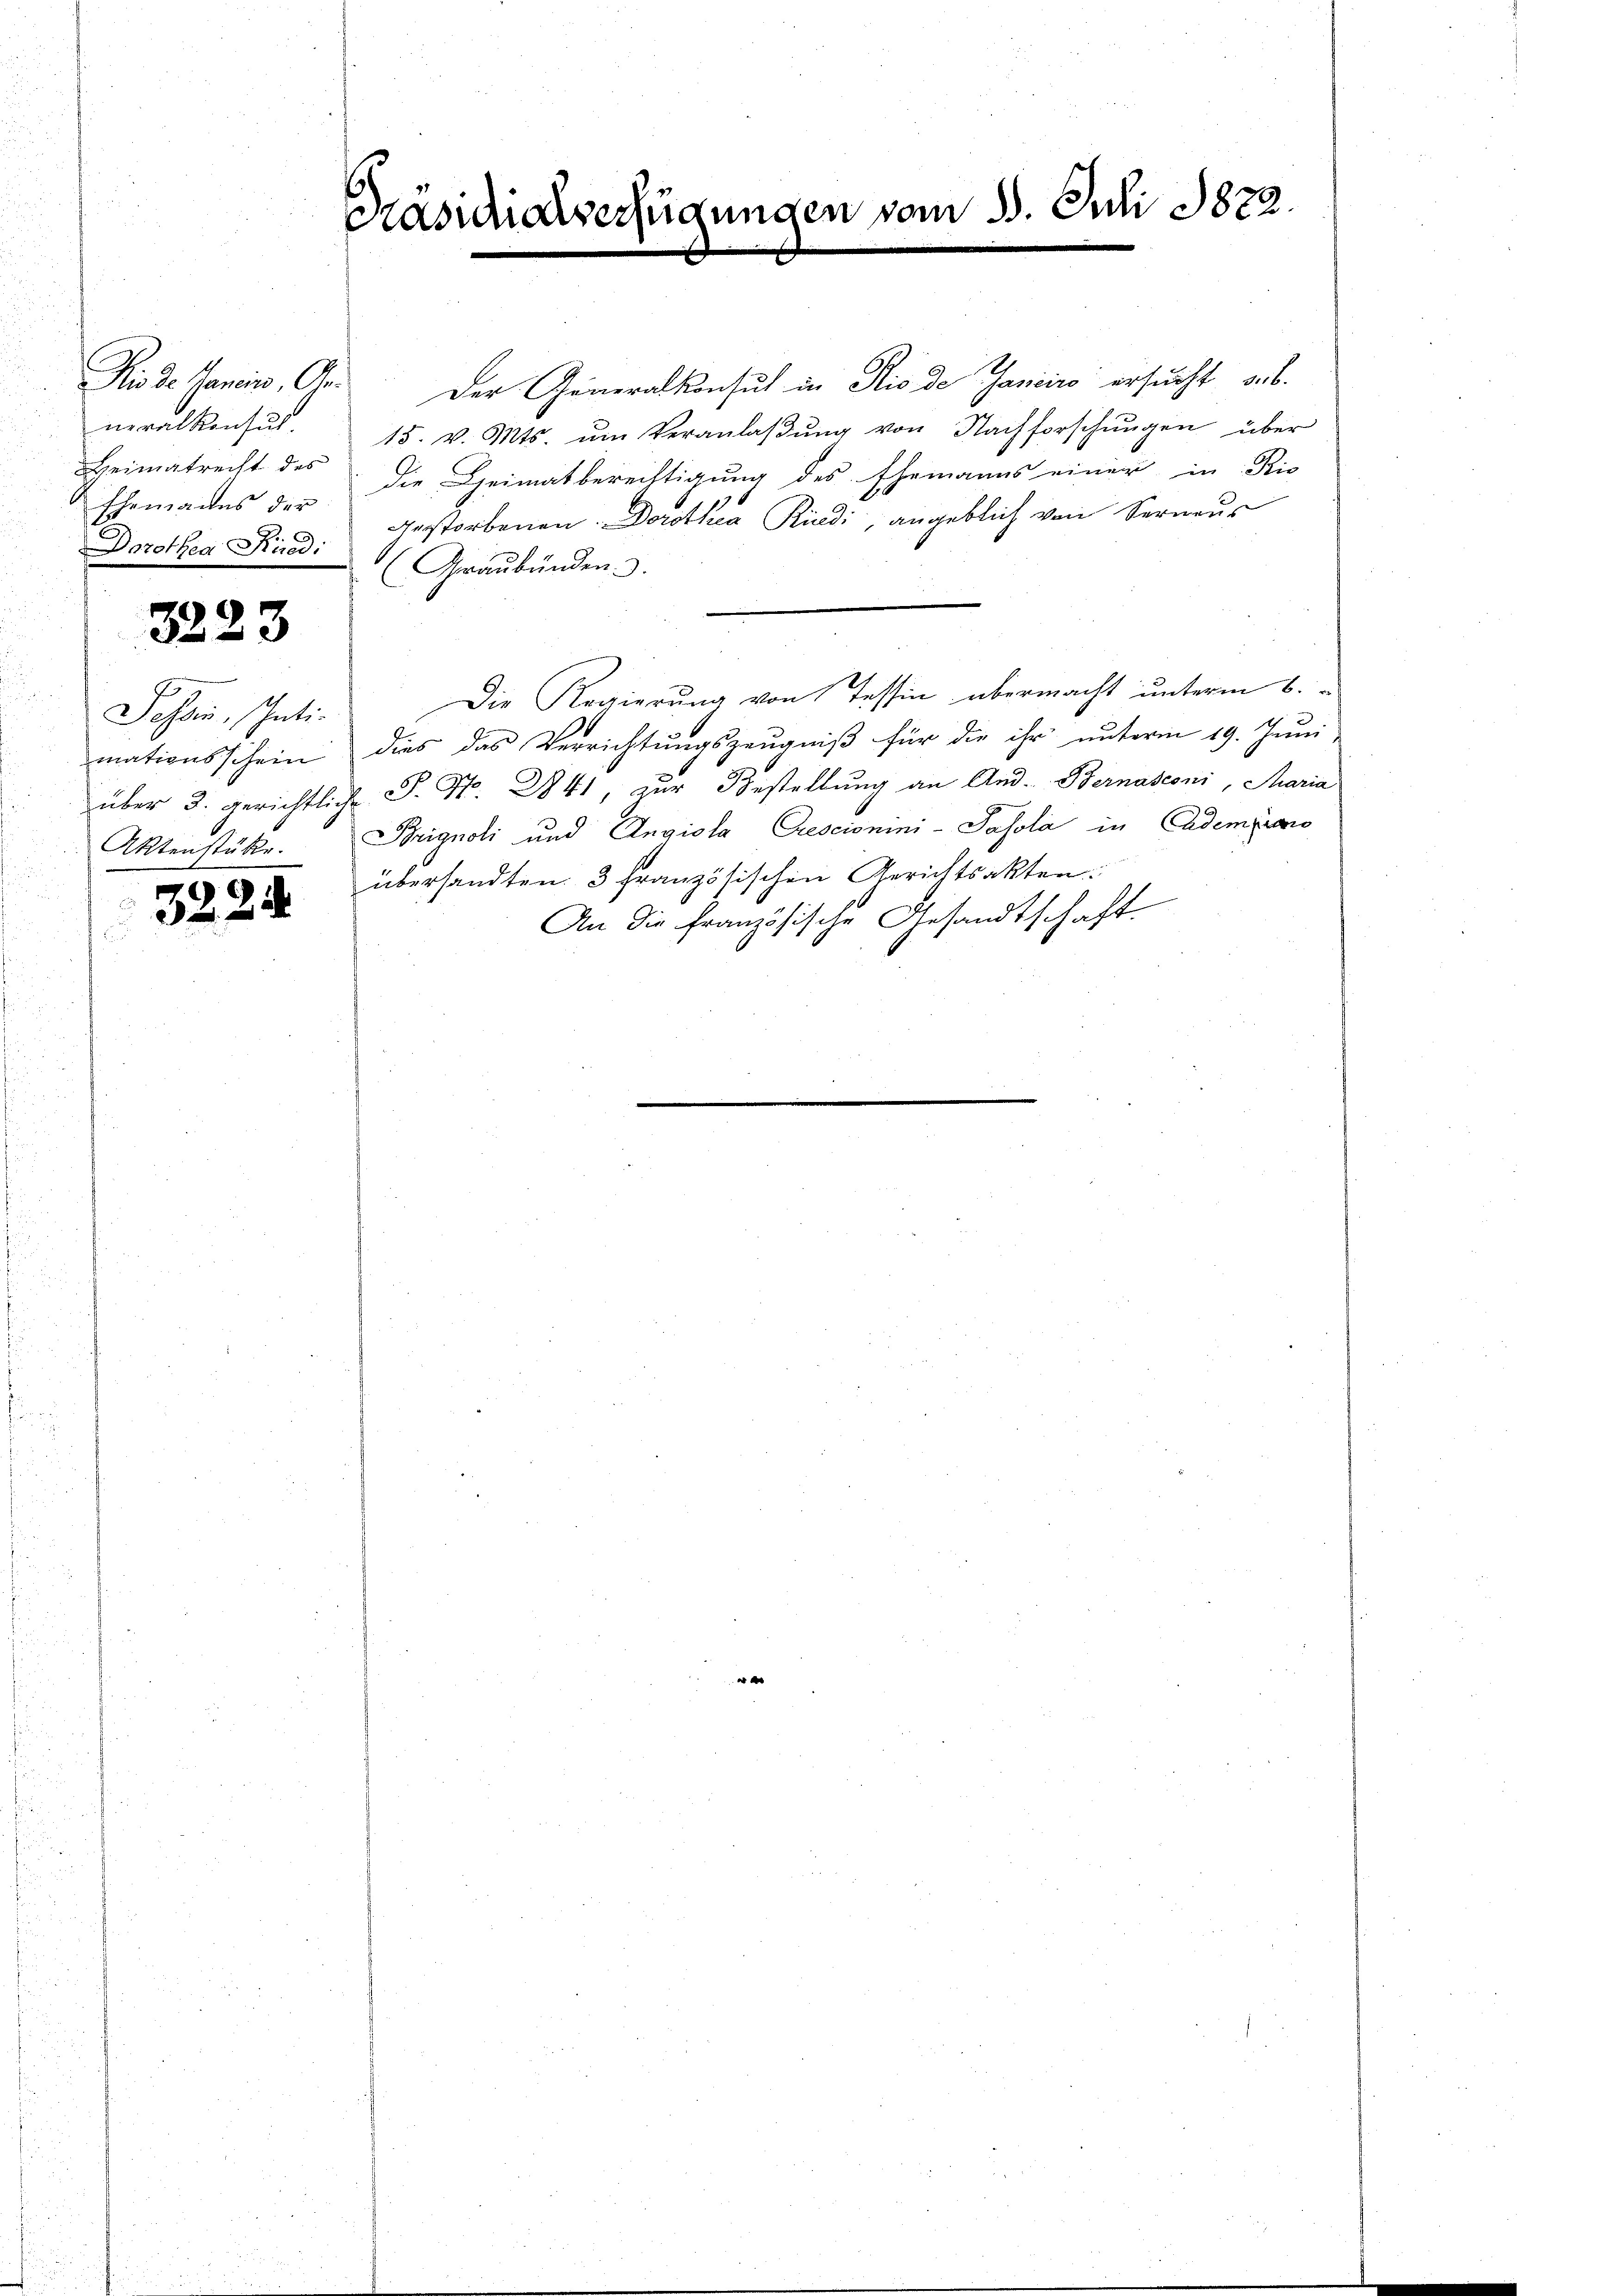
Dis de Janein, An
neralkonsut.
Heimatrecht des
Ehemanns der
Dorothea Ried. Graubünden.

3223

Tessin, Intimationsschein
Aktenstücke.

3224

Brasidialverfügungen vom 30. Juli 1822.

Der Generalkonsul in Rio de Janeiro ersucht ab.
15. v. Mts. ŭm Veranlaβŭng von Nachforschŭngen über
die Heimatberechtigung des Ehemanns einer in Rio
Gerstorbenen. Dorothea Rüedi, angeblich von Verneus
.
Die Regierung von Tessin übermacht unterm 6.
dies das Verrichtungszeugniß für die ihr unterm 19. Juni
über 3. gerichtliche S. Nr. 841, zur Bestellung an And. Bernasconi, Maria
Brignoli und Angiola Crescionini-Pasola in Cadempiano
übersandten. 3 französischen Gerichtsakten.
An die französische Gesandtschaft